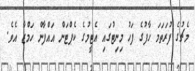
މެޗުގެ ފުރަތަމަ ހާފުގެ ފަހު މިނިޓުގައި އެޓީމުގެ ކެޕްޓަން އައްފާން ހަމްޒާ އެވެ.